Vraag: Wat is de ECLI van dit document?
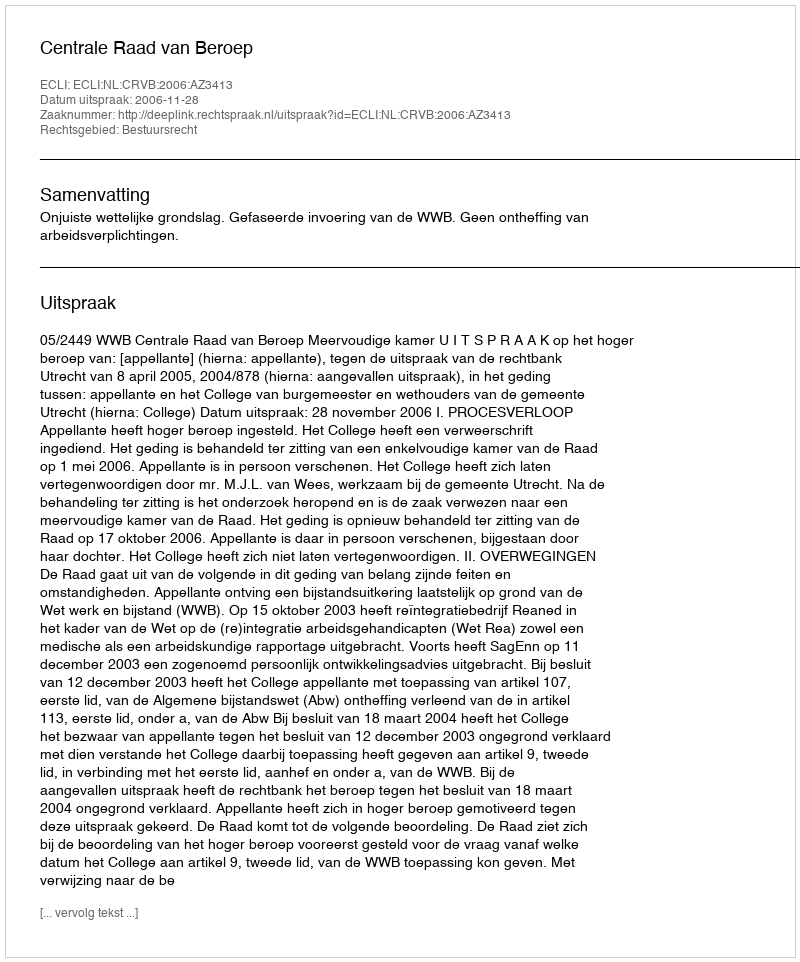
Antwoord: ECLI:NL:CRVB:2006:AZ3413